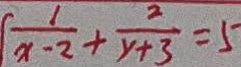
\frac { 1 } { x - 2 } + \frac { 2 } { y + 3 } = 5